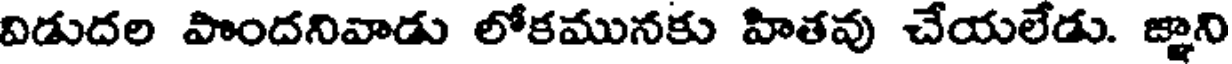
విడుదల పొందనివాడు లోకమునకు హితవు చేయలేడు. జ్ఞాని